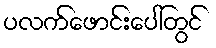
ပလက်ဖောင်းပေါ်တွင်